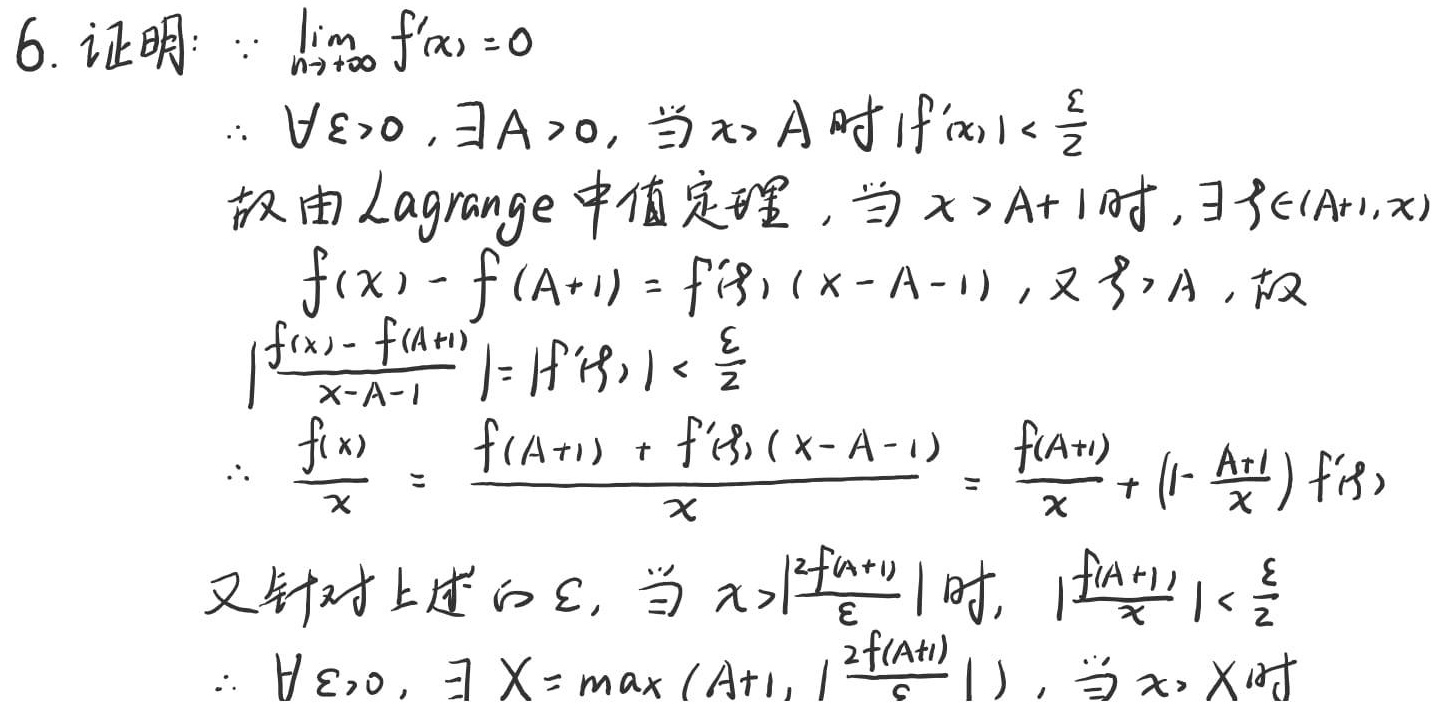
6. 证明：$\because \lim_{x \to +\infty} f'(x) = 0$
$\therefore \forall \varepsilon > 0, \exists A > 0$, 当 $x > A$ 时 $|f'(x)| < \frac{\varepsilon}{2}$
故由Lagrange中值定理，当 $x > A + 1$ 时, $\exists \xi \in (A + 1, x)$
$f(x) - f(A + 1) = f'(\xi)(x - A - 1)$, 又 $\xi > A$, 故
$\left|\frac{f(x) - f(A + 1)}{x - A - 1}\right| = |f'(\xi)| < \frac{\varepsilon}{2}$
$\therefore \frac{f(x)}{x} = \frac{f(A + 1) + f'(\xi)(x - A - 1)}{x} = \frac{f(A + 1)}{x} + \left(1 - \frac{A + 1}{x}\right)f'(\xi)$
又针对上述的 $\varepsilon$, 当 $x > \left|\frac{2f(A + 1)}{\varepsilon}\right|$ 时, $\left|\frac{f(A + 1)}{x}\right| < \frac{\varepsilon}{2}$
$\therefore \forall \varepsilon > 0, \exists X = \max\left(A + 1, \left|\frac{2f(A + 1)}{\varepsilon}\right|\right)$, 当 $x > X$ 时